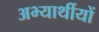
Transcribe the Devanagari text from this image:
अभ्यार्थीयों